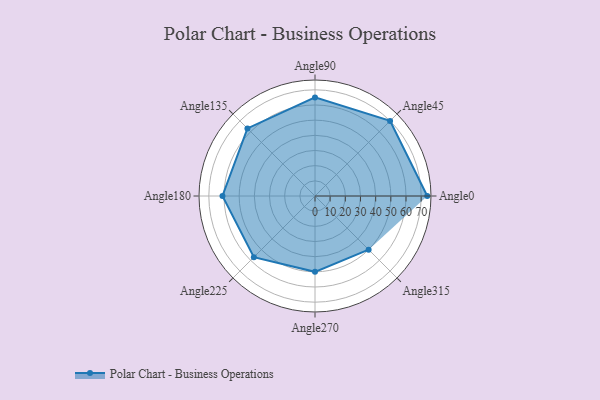
{"axis": {"x": "Angle", "y": "Radius"}, "legend": [""], "data": [{"x": "Angle0", "y": 74.0, "type": ""}, {"x": "Angle45", "y": 70.0, "type": ""}, {"x": "Angle90", "y": 65.0, "type": ""}, {"x": "Angle135", "y": 63.0, "type": ""}, {"x": "Angle180", "y": 61.0, "type": ""}, {"x": "Angle225", "y": 57.0, "type": ""}, {"x": "Angle270", "y": 50, "type": ""}, {"x": "Angle315", "y": 50, "type": ""}]}